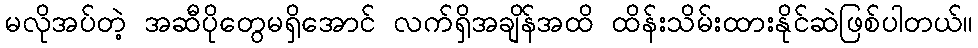
မလိုအပ်တဲ့ အဆီပိုတွေမရှိအောင် လက်ရှိအချိန်အထိ ထိန်းသိမ်းထားနိုင်ဆဲဖြစ်ပါတယ်။